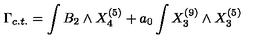
\Gamma _ { c . t . } = \int B _ { 2 } \wedge X _ { 4 } ^ { ( 5 ) } + a _ { 0 } \int X _ { 3 } ^ { ( 9 ) } \wedge X _ { 3 } ^ { ( 5 ) }